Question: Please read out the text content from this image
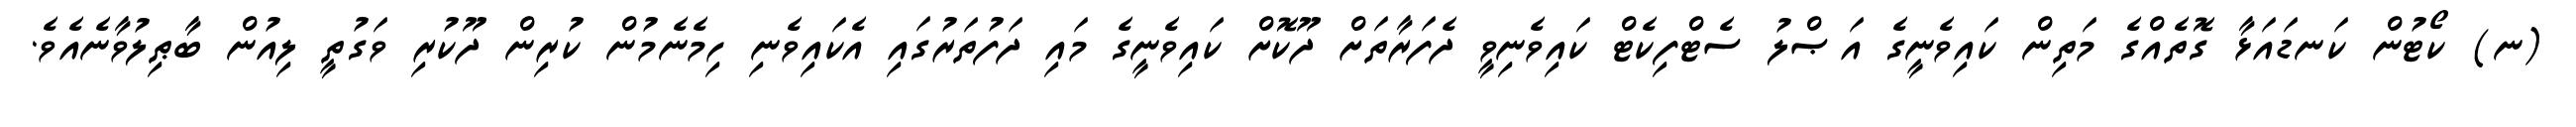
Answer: (ނ) ކޯޓުން ކަނޑައަޅާ ގޮތެއްގެ މަތިން ކައިވެނީގެ އަޞްލު ސެޓްފިކެޓް ކައިވެނިވީ ދެފަރާތަށް ދޫކޮށް ކައިވެނީގެ މައި ދަފުތަރުގައި އެކައިވެނި ހިމެނެމުން ކުރިން ދޫކުރި ވަގުތީ ލިއުން ބާޠިލުވާނެއެވެ.